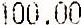
100.00